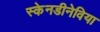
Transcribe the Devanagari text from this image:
स्केनडीनेविया